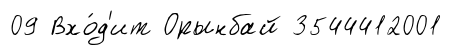
09 Вхо́д'ит Орынбай 3544412001